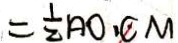
= \frac { 1 } { 2 } A O \cdot C M